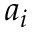
a _ { i }